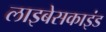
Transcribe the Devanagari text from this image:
लाइबेसकाइंड